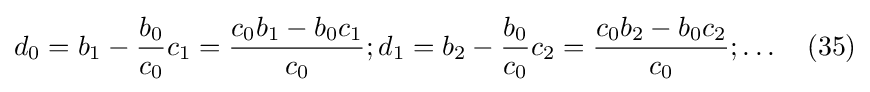
d_{0}=b_{1}-{\frac {b_{0}}{c_{0}}}c_{1}={\frac {c_{0}b_{1}-b_{0}c_{1}}{c_{0}}};d_{1}=b_{2}-{\frac {b_{0}}{c_{0}}}c_{2}={\frac {c_{0}b_{2}-b_{0}c_{2}}{c_{0}}};\ldots \quad (35)